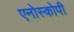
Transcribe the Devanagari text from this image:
एनोस्कोपी